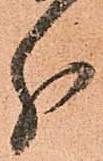
分